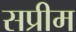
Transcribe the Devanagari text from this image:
सप्रीम